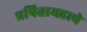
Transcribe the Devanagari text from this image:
प्रपितामहाचे